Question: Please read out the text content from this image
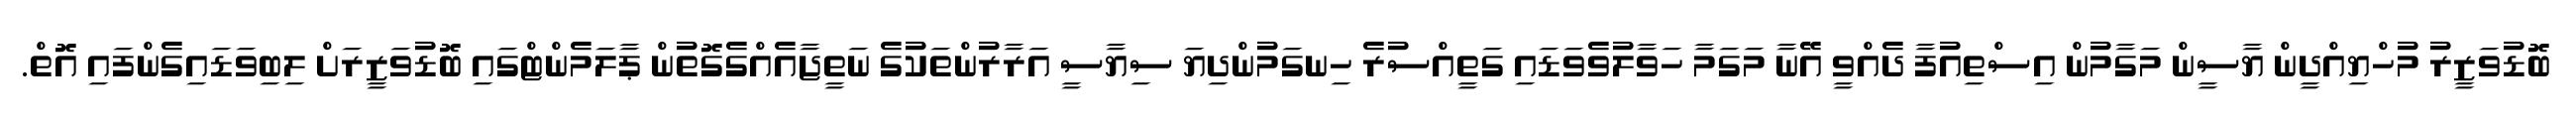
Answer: ބޮޑުވަޒީރު މުހްޔިއްދީން ޔާސީން މަގާމުން އިސްތިއުފާ ދެއްވީ އޭނާ މަގަމާ ހަވާލުވެވަޑައި ގަތީއްސުރެ ހިނގަމުންދިޔަ ސިޔާސީ އަރާރުންތަކުގެ ނަތީޖާއެއްގެގޮތުން ޕާލަމެންޓްގައި ބޮޑުވަޒީރަށް ލިބިވަޑައިގެންފައި އޮތް.